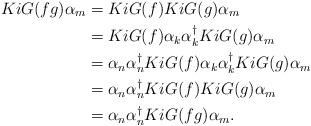
LaTeX: \begin{align*} KiG(fg)\alpha_m & = KiG(f)KiG(g)\alpha_m \\ &= KiG(f)\alpha_k\alpha_k^\dagger KiG(g)\alpha_m \\ &= \alpha_n\alpha_n^\dagger KiG(f)\alpha_k\alpha_k^\dagger KiG (g)\alpha_m \\ &= \alpha_n\alpha_n^\dagger KiG(f) KiG(g)\alpha_m \\ &= \alpha_n\alpha_n^\dagger KiG(fg)\alpha_m. \\\end{align*}